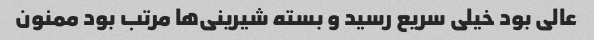
عالی بود خیلی سریع رسید و بسته شیرینی‌ها مرتب بود ممنون